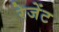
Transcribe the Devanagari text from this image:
रेजेंट